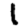
Digit: 1